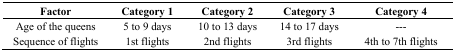
<table><thead><tr><td><b>Factor</b></td><td><b>Category 1</b></td><td><b>Category 2</b></td><td><b>Category 3</b></td><td><b>Category 4</b></td></tr></thead><tbody><tr><td>Age of the queens</td><td>5 to 9 days</td><td>10 to 13 days</td><td>14 to 17 days</td><td>---</td></tr><tr><td>Sequence of flights</td><td>1st flights</td><td>2nd flights</td><td>3rd flights</td><td>4th to 7th flights</td></tr></tbody></table>